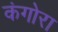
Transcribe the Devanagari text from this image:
कंगोरा